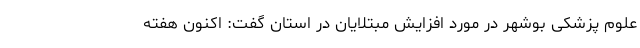
علوم پزشکی بوشهر در مورد افزایش مبتلایان در استان گفت: اکنون هفته